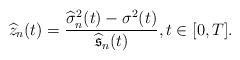
LaTeX: \begin{align*}\widehat{z}_n(t)=\frac{\widehat{\sigma}^2_n(t)-\sigma^2(t)}{\widehat{\mathfrak{s}}_n(t)},t\in[0,T].\end{align*}